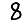
Digit: 8